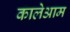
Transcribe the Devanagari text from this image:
कालेआम